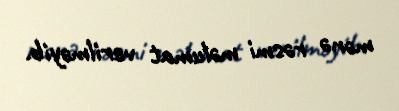
mənə rəsmi məlumat verilməyib.